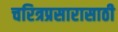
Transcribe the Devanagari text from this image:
चरित्रप्रसारासाठी